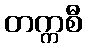
တက္ကစီ